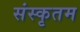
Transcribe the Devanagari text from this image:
संस्कृतम